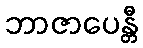
ဘာဇာပေန္တီ